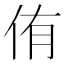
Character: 侑